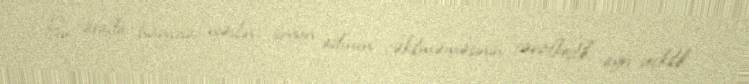
Bu arada hansısa nəslin, soyun adının çəkilməməsinin tərəfkeşlik, ayrı-seçkilik